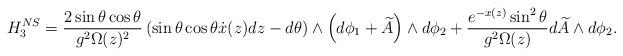
LaTeX: \begin{align*}H_{3}^{NS}=\frac{2\sin{\theta}\cos{\theta}}{g^2\Omega(z)^2}\left(\sin{\theta}\cos{\theta}\dot{x}(z)dz-d\theta\right)\wedge\left(d\phi_1+\widetilde{A}\right)\wedge d\phi_2+\frac{e^{-x(z)}\sin^2{\theta}}{g^2\Omega(z)}d\widetilde{A}\wedge d\phi_2.\end{align*}